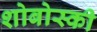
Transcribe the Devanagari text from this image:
शोबोस्की